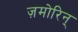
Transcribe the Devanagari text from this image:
ज़मोरिन्